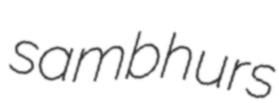
sambhurs